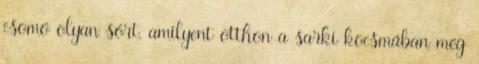
csomó olyan sört, amilyent otthon a sarki kocsmában még